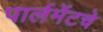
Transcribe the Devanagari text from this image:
पार्लमेंटचे